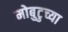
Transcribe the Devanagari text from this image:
मोबुटुच्या